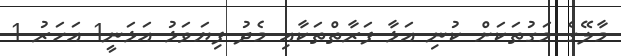
މާލޭގެ މަގުތަކަށް ކުނި އަޅާ ފަރާތްތަކާއި މެދު ފިޔަވަޅު އަޅަނީ1 އަހަރު 1